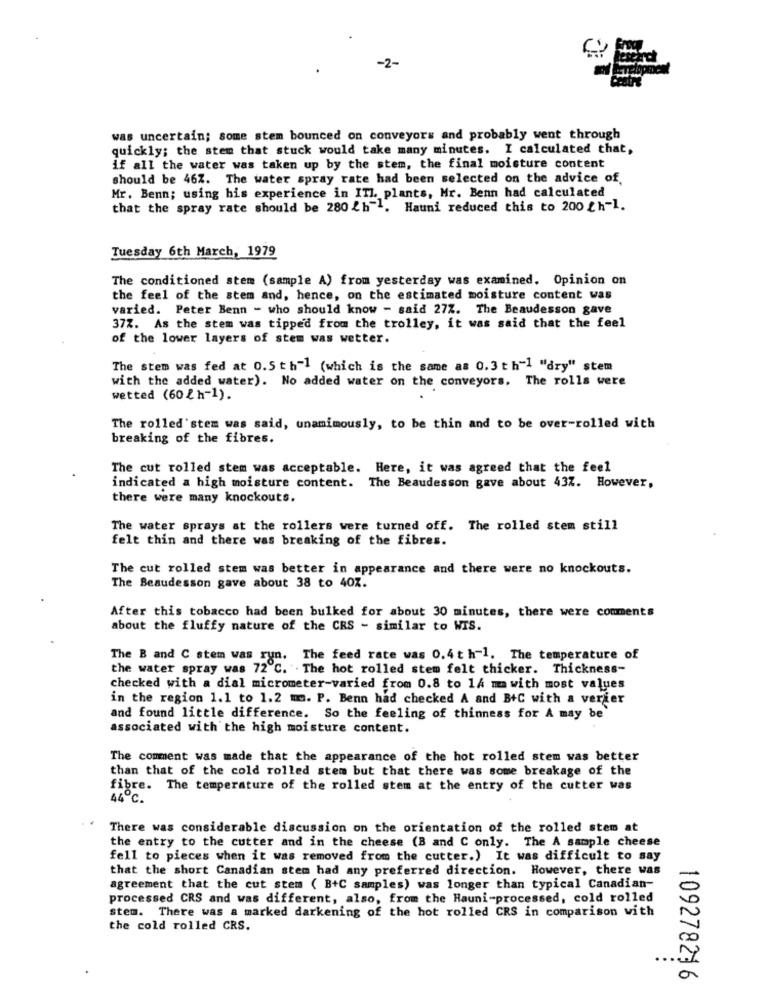
-2-
was uncertain; some stem bounced on conveyors and probably went through
quickly; the stem that stuck would take many minutes. I calculated that,
if all the water was taken up by the stem, the final moisture content
should be 46Z. The water spray rate had been selected on the advice of.
Mr. Benn; using his experience in ITL plants, Mr. Benn had calculated
that the spray rate should be 280 /h"l. Hauni reduced this to 200 £h-1.
Tuesday 6th March, 1979
The conditioned stem (sample A) from yesterday was examined. Opinion on
the feel of the stem and, hence, on the estimated moisture content was
varied. Peter Benn - who should know - said 27Z. The Beaudesson gave
37Z. As the stem was tipped from the trolley, it was said that the feel
of the lower layers of stem was wetter.
The stem was fed at 0.5 th-l (which is the same as 0.3 th-1 "dry" stem
with the added water). No added water on the conveyors. The rolls were
wetted (60 {h-1).
The rolled'stem was said, unanimously, to be thin and to be over-rolled with
breaking of the fibres.
The cut rolled stem was acceptable. Here, it was agreed that the feel
indicated a high moisture content. The Beaudesson gave about 437. However,
there were many knockouts.
The water sprays at the rollers were turned off. The rolled stem still
felt thin and there was breaking of the fibres.
The cut rolled stem was better in appearance and there were no knockouts.
The Beaudesson gave about 38 to 40Z.
After this tobacco had been bulked for about 30 minutes, there were comments
about the fluffy nature of the CRS - similar to WIS.
The B and C stem was run. The feed rate was 0.4 t h-1. The temperature of
the water spray was 72 ℃. . The hot rolled stem felt thicker. Thickness-
checked with a dial micrometer-varied from 0.8 to 1A ma with most values
in the region 1.1 to 1.2 mm. P. Benn had checked A and B+C with a verier
and found little difference. So the feeling of thinness for A may be
associated with the high moisture content.
The comment was made that the appearance of the hot rolled stem was better
than that of the cold rolled stem but that there was some breakage of the
fibre. The temperature of the rolled stem at the entry of the cutter was
44℃.
There was considerable discussion on the orientation of the rolled stem at
the entry to the cutter and in the cheese (B and C only. The A sample cheese
fell to pieces when it was removed from the cutter.) It was difficult to say
that the short Canadian stem had any preferred direction. However, there was
agreement that the cut stem ( B+C samples) was longer than typical Canadian-
processed CRS and was different, also, from the Hauni-processed, cold rolled
stem. There was a marked darkening of the hot rolled CRS in comparison with
the cold rolled CRS.
109278216